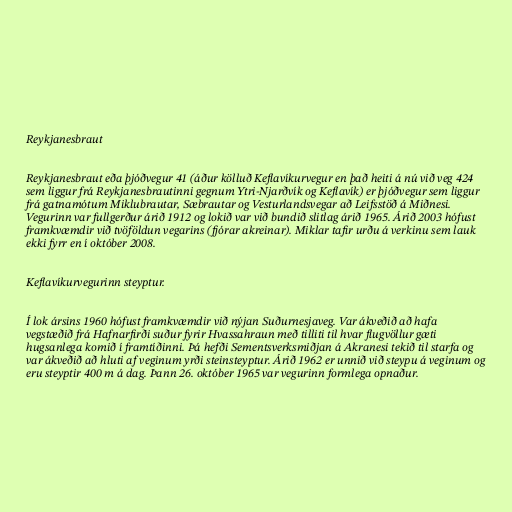
Reykjanesbraut

Reykjanesbraut eða þjóðvegur 41 (áður kölluð Keflavíkurvegur en það heiti á nú við veg 424
sem liggur frá Reykjanesbrautinni gegnum Ytri-Njarðvík og Keflavík) er þjóðvegur sem liggur
frá gatnamótum Miklubrautar, Sæbrautar og Vesturlandsvegar að Leifsstöð á Miðnesi.
Vegurinn var fullgerður árið 1912 og lokið var við bundið slitlag árið 1965. Árið 2003 hófust
framkvæmdir við tvöföldun vegarins (fjórar akreinar). Miklar tafir urðu á verkinu sem lauk
ekki fyrr en í október 2008.

Keflavíkurvegurinn steyptur.

Í lok ársins 1960 hófust framkvæmdir við nýjan Suðurnesjaveg. Var ákveðið að hafa
vegstæðið frá Hafnarfirði suður fyrir Hvassahraun með tilliti til hvar flugvöllur gæti
hugsanlega komið í framtíðinni. Þá hefði Sementsverksmiðjan á Akranesi tekið til starfa og
var ákveðið að hluti af veginum yrði steinsteyptur. Árið 1962 er unnið við steypu á veginum og
eru steyptir 400 m á dag. Þann 26. október 1965 var vegurinn formlega opnaður.